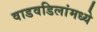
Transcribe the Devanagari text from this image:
वाडवडिलांमध्ये